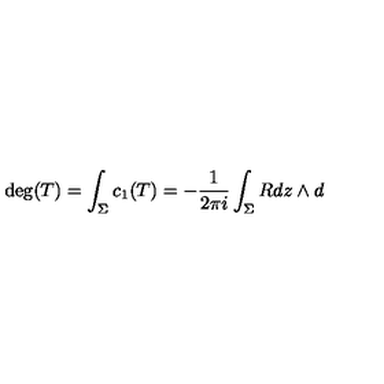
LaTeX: \deg ( T ) = \int _ { \Sigma } c _ { 1 } ( T ) = - \frac { 1 } { 2 \pi i } \int _ { \Sigma } R d z \wedge d